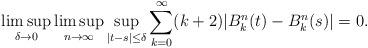
LaTeX: \begin{align*}\limsup_{\delta \to 0} \limsup_{n \to \infty} \sup_{|t-s|\le\delta} \sum_{k=0}^\infty (k+2) |B^n_k(t) - B^n_k(s)| = 0.\end{align*}